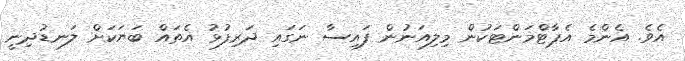
އެވެ. އެންމެ އެޕާޓްމަންޓަކުން މިލިއަނުން ފައިސާ ނަގައި ދަރިފުޅު އެތައް ބަޔަކަށް ލަނޑުދިނީ